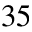
3 5